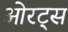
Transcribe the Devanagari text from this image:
ओरट्स